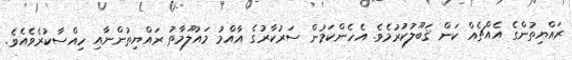
ރައްޔިތުންގެ އެއްޗެއް ކަން ޤަބޫލުކުރުމެވެ. އެހެންކަމުން ސަރުކާރުގެ އާއްމު މައުލޫމާތު ރައްޔިތުންނާއި ހިއްސާކުރެވެއެވެ.